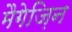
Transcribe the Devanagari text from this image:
मैगेज़िन